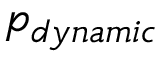
p _ { d y n a m i c }